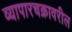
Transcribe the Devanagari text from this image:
व्यापारचक्रावरील